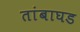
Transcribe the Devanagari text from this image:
तांबाघड